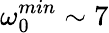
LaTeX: \omega_{0}^{min}\sim 7